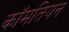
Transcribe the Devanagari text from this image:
कॉमतियन